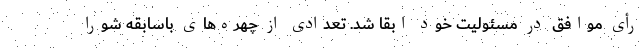
رأی موافق در مسئولیت خود ابقا شد. تعدادی از چهره‌های باسابقه شورا